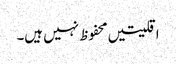
اقلیتیں محفوظ نہیں ہیں۔